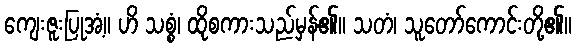
ကျေးဇူးပြုအံ့။ ဟိ သစ္စံ၊ ထိုစကားသည်မှန်၏။ သတံ၊ သူတော်ကောင်းတို့၏။